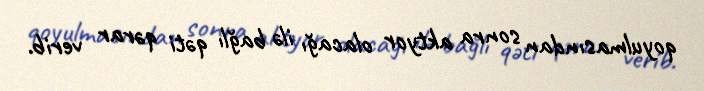
qoyulmasından sonra aktyor olacağı ilə bağlı qəti qərar verib.